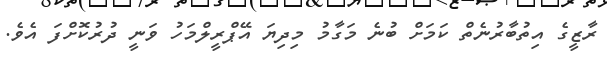
ރާޒީގެ އިތުބާރުނެތް ކަމަށް ބުނެ މަގާމު މިދިޔަ އޭޕްރީލްމަހު ވަނީ ދުރުކޮށްފަ އެވެ.